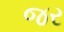
જર